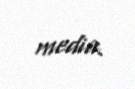
media.